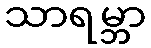
သာရမ္ဘာ